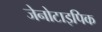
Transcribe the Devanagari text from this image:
जेनोटाइपिक